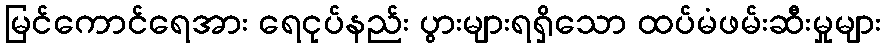
မြင်ကောင်ရေအား ရေငုပ်နည်း ပွားများရရှိသော ထပ်မံဖမ်းဆီးမှုများ